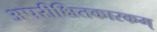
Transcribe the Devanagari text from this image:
अपरीक्षितकारकम्